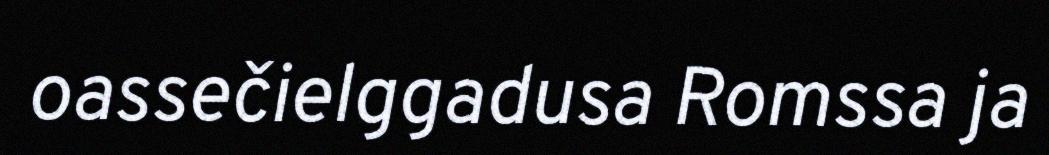
oassečielggadusa Romssa ja